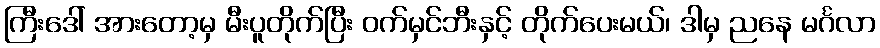
ကြီးဒေါ် အားတော့မှ မီးပူတိုက်ပြီး ဝက်မှင်ဘီးနှင့် တိုက်ပေးမယ်၊ ဒါမှ ညနေ မင်္ဂလာ